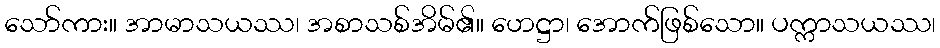
သော်ကား။ အာမာသယဿ၊ အစာသစ်အိမ်၏။ ဟေဋ္ဌာ၊ အောက်ဖြစ်သော။ ပက္ကာသယဿ၊